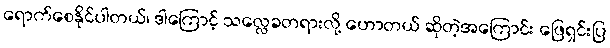
ရောက်စေနိုင်ပါတယ်၊ ဒါကြောင့် သလ္လေခတရားလို့ ဟောတယ် ဆိုတဲ့အကြောင်း ဖြေရှင်းပြ